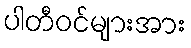
ပါတီဝင်များအား